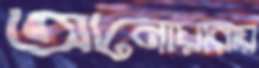
আনোয়ারায়